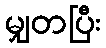
မျှတပြီး